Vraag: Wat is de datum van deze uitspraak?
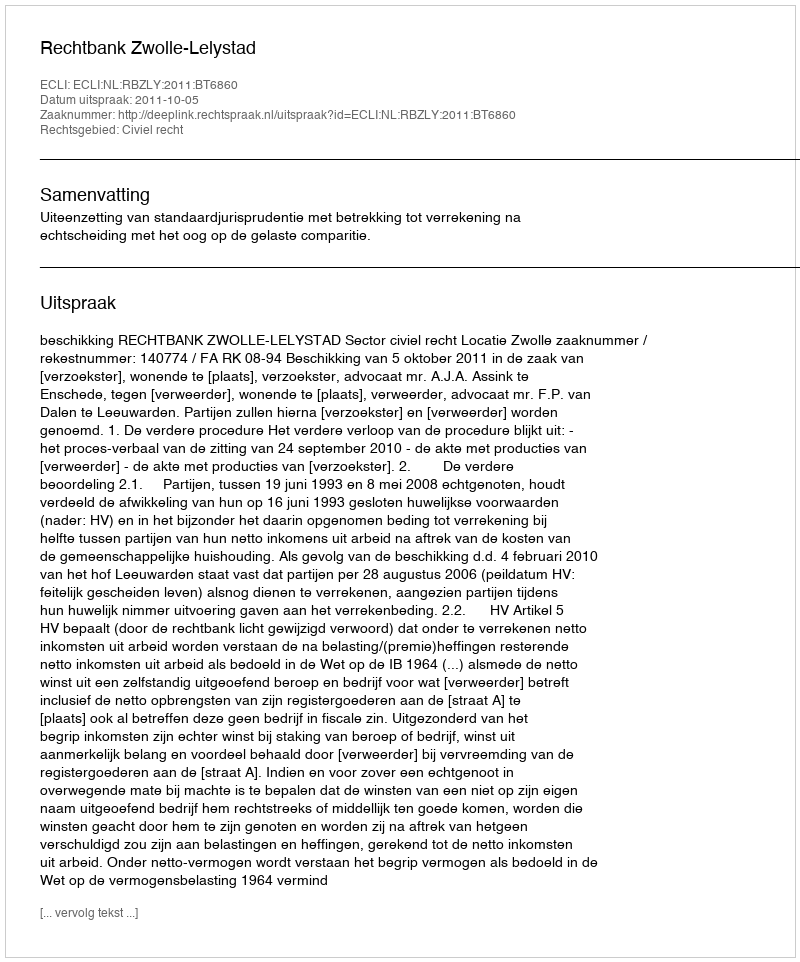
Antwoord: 2011-10-05